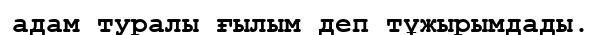
адам туралы ғылым деп тұжырымдады.